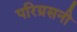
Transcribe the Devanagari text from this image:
परिग्रसनी